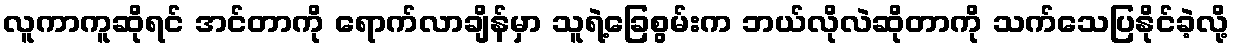
လူကာကူဆိုရင် အင်တာကို ရောက်လာချိန်မှာ သူရဲ့ခြေစွမ်းက ဘယ်လိုလဲဆိုတာကို သက်သေပြနိုင်ခဲ့လို့